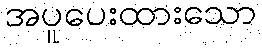
အပူပေးထားသော